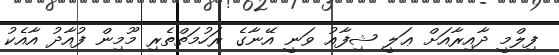
ފިލްމީ ދާއިރާއަށް ޢަލީ ޝިފާއު ވަނީ އޭނާގެ ރަހުމަތްތެރި މޫމިން ފުއާދު އާއެކު